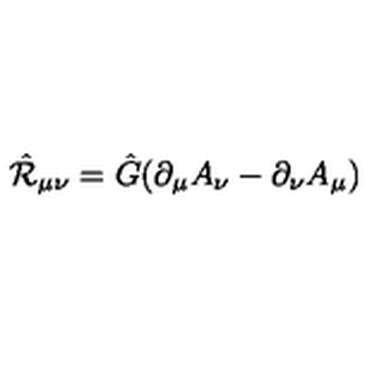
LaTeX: \hat { \cal R } _ { \mu \nu } = \hat { G } ( \partial _ { \mu } A _ { \nu } - \partial _ { \nu } A _ { \mu } )